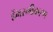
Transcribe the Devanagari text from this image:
हैंभस्मीकरण